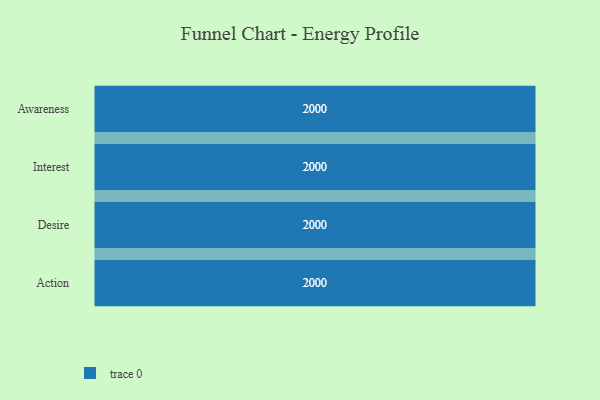
{"axis": {"x": "Stage", "y": "Value"}, "legend": [""], "data": [{"x": "Awareness", "y": 2000, "type": ""}, {"x": "Interest", "y": 2000, "type": ""}, {"x": "Desire", "y": 2000, "type": ""}, {"x": "Action", "y": 2000, "type": ""}]}